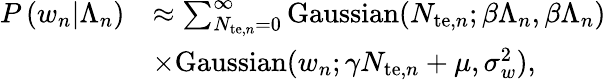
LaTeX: \begin{array}{rl}{P\left(w_{n}|\Lambda_{n}\right)}&{\approx\sum_{N_{\mathrm{te},n}=0}^{\infty}\mathrm{Gaussian}(N_{\mathrm{te},n};\beta\Lambda_{n},\beta\Lambda_{n})}\\ &{\times\mathrm{Gaussian}(w_{n};\gamma N_{\mathrm{te},n}+\mu,\sigma_{w}^{2}),}\end{array}